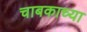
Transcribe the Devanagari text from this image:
चाबकाच्या